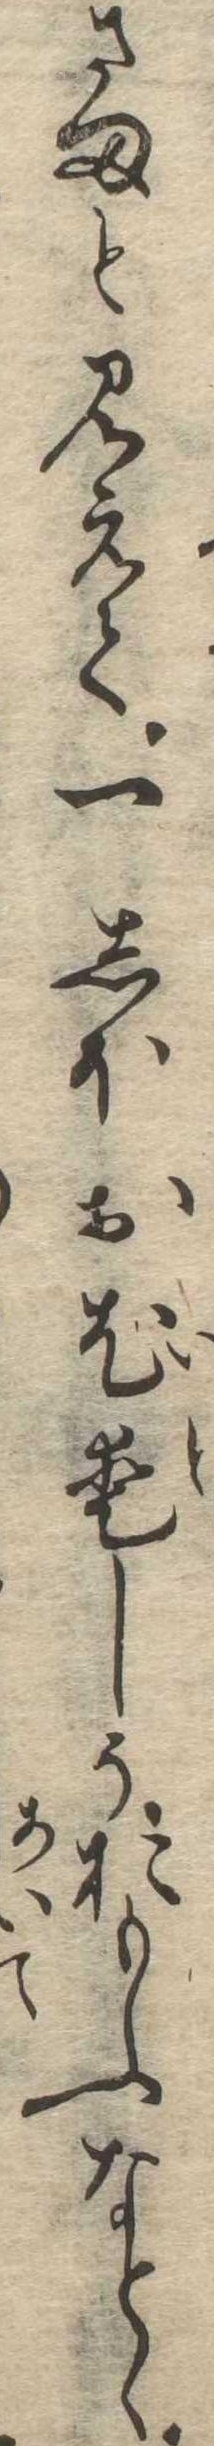
さまと見えて一しほお尤愛しうおもふなとゝ